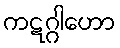
ကဋဂ္ဂါဟော